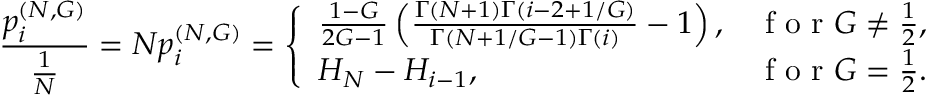
\frac { p _ { i } ^ { ( N , G ) } } { \frac { 1 } { N } } = N p _ { i } ^ { ( N , G ) } = \left\{ \begin{array} { l l } { \frac { 1 - G } { 2 G - 1 } \left( \frac { \Gamma ( N + 1 ) \Gamma ( i - 2 + 1 / G ) } { \Gamma ( N + 1 / G - 1 ) \Gamma ( i ) } - 1 \right) , } & { \mathrm { ~ f ~ o ~ r ~ } G \neq \frac { 1 } { 2 } , } \\ { H _ { N } - H _ { i - 1 } , } & { \mathrm { ~ f ~ o ~ r ~ } G = \frac { 1 } { 2 } . } \end{array} \right.